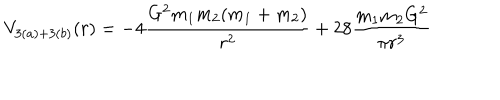
V _ { 3 ( a ) + 3 ( b ) } ( r ) = - 4 \frac { G ^ { 2 } m _ { 1 } m _ { 2 } ( m _ { 1 } + m _ { 2 } ) } { r ^ { 2 } } + 2 8 \frac { m _ { 1 } m _ { 2 } G ^ { 2 } } { \pi r ^ { 3 } }